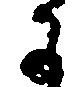
子